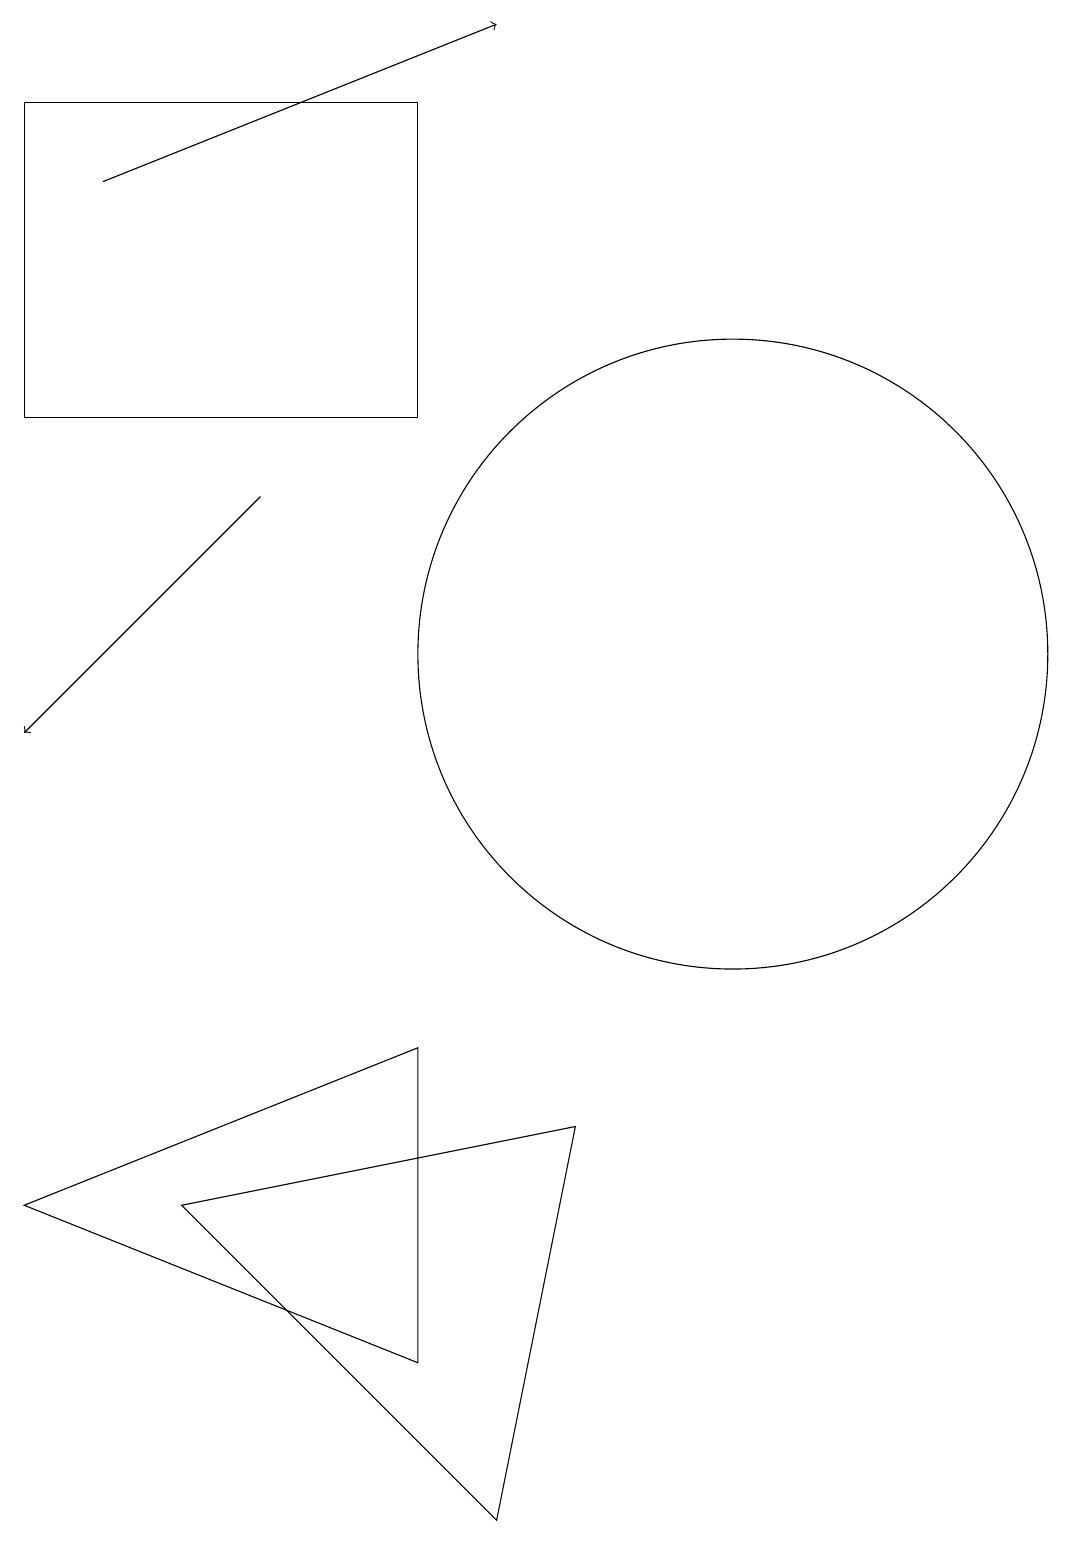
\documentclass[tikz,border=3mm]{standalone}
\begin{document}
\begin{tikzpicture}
\draw (11,11) circle (4);
\draw (2,14) rectangle (7,18);
\draw[->] (3,17) -- (8,19);
\draw[->] (5,13) -- (2,10);
\draw (9,5) -- (8,0) -- (4,4) -- cycle;
\draw (7,6) -- (2,4) -- (7,2) -- cycle;
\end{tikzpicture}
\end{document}